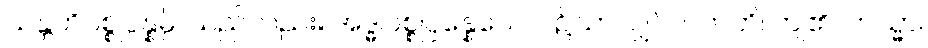
သန္တတိပစ္စုပ္ပန္နမ္ပိ၊ သည်လည်း။ အဒ္ဓါပစ္စုပ္ပန္နေယေဝ၊ ၌သာလျှင်။ ပတတိ၊ ကျ၏။ တသ္မာ၊